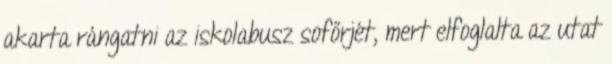
akarta rángatni az iskolabusz sofőrjét, mert elfoglalta az utat